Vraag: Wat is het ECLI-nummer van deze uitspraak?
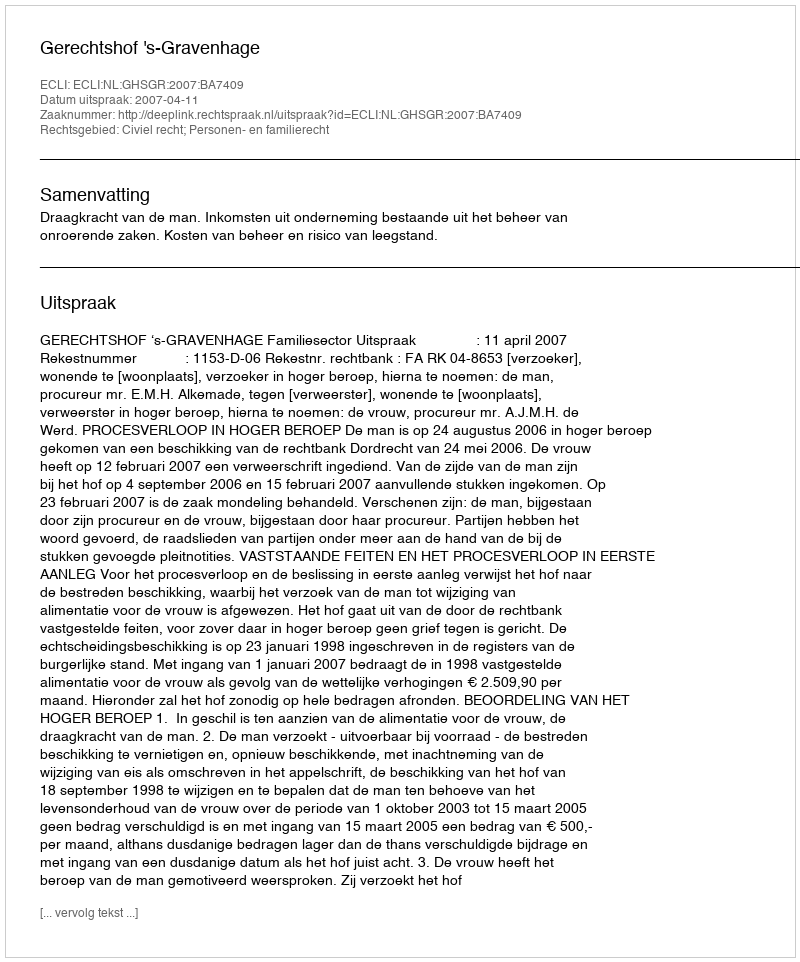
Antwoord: ECLI:NL:GHSGR:2007:BA7409